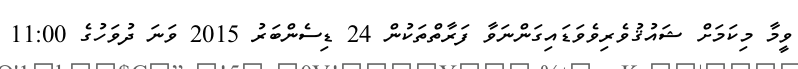
ވީމާ މިކަމަށް ޝައުޤުވެރިވެވަޑައިގަންނަވާ ފަރާތްތަކުން 24 ޑިސެންބަރު 2015 ވަނަ ދުވަހުގެ 11:00